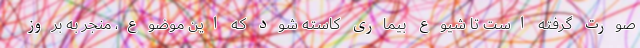
صورت گرفته است تا شیوع بیماری کاسته شود که این موضوع، منجر به بروز